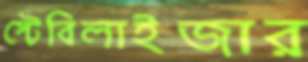
স্টেবিলাইজার